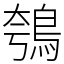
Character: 鴮